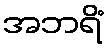
အဘရိံ